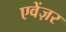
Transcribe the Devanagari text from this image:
एवेंज़र